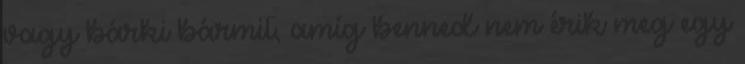
vagy bárki bármit, amíg benned nem érik meg egy